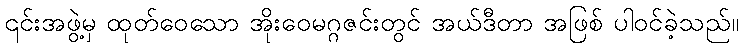
၎င်းအဖွဲ့မှ ထုတ်ဝေသော အိုးဝေမဂ္ဂဇင်းတွင် အယ်ဒီတာ အဖြစ် ပါဝင်ခဲ့သည်။